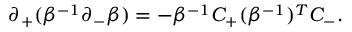
\partial _ { + } ( \beta ^ { - 1 } \partial _ { - } \beta ) = - \beta ^ { - 1 } C _ { + } ( \beta ^ { - 1 } ) ^ { T } C _ { - } .